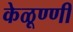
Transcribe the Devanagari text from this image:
केळूण्णी